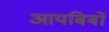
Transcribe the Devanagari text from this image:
आयबिबो